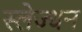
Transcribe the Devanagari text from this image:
स्लेज्धन